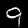
Digit: 9